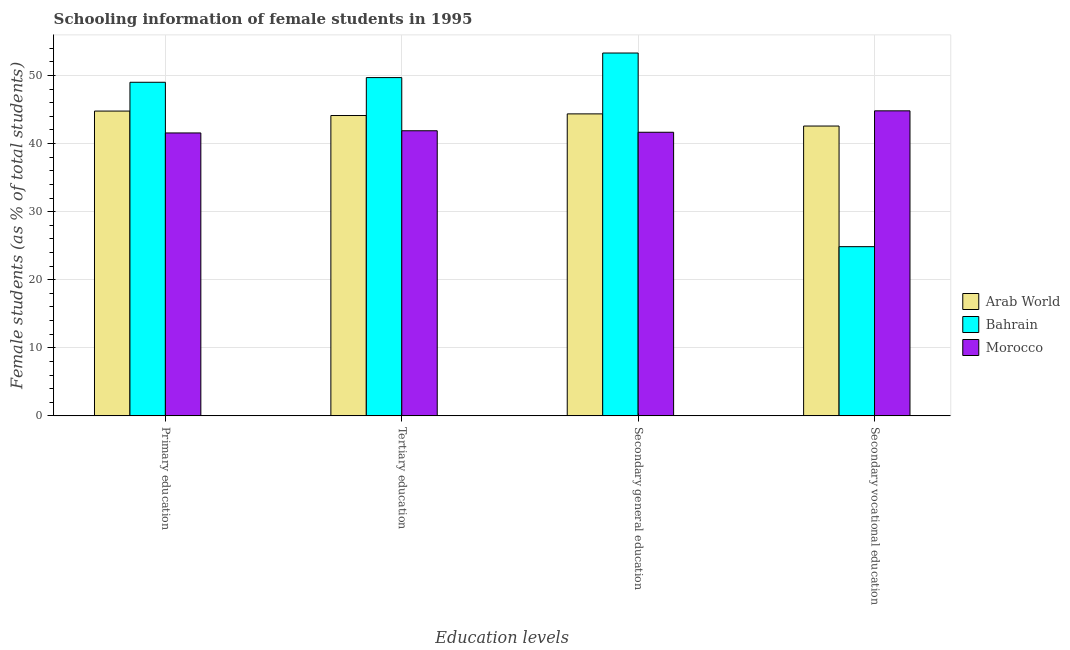
| Education levels | Arab World | Bahrain | Morocco |
 | --- | --- | --- | --- |
 | Primary education | 44.8 | 49 | 41.6 |
 | Tertiary education | 44.1 | 49.7 | 41.9 |
 | Secondary general education | 44.4 | 53.3 | 41.7 |
 | Secondary vocational education | 42.6 | 24.9 | 44.8 |